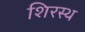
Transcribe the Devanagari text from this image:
शिरस्थ